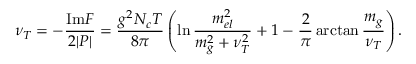
\nu _ { T } = - { \frac { \mathrm { I m } F } { 2 \vert P \vert } } = { \frac { g ^ { 2 } N _ { c } T } { 8 \pi } } \left( \ln { \frac { m _ { e l } ^ { 2 } } { m _ { g } ^ { 2 } + \nu _ { T } ^ { 2 } } } + 1 - { \frac { 2 } { \pi } } \arctan { \frac { m _ { g } } { \nu _ { T } } } \right) .